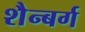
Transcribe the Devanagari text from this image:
शैन्बर्ग